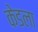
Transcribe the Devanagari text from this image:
केडला